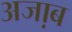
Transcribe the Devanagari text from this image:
अजा़ब